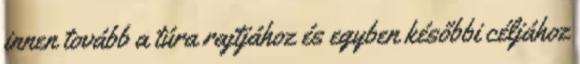
innen tovább a túra rajtjához és egyben későbbi céljához